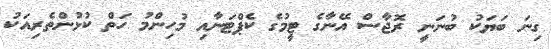
ގިނަ ބަޔަކު ބުނަނީ ރޮޖާސް އޭނާގެ ޓީމުގެ ކެޕްޓަނާއި މުހިންމު ހަތް ކުޅުންތެރިއަކު